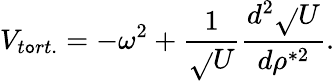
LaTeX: V_{t\mathtt{o}rt.}=-\omega^{2}+\frac{{1}}{{\sqrt{}{U}}}\frac{{d^{2}\sqrt{}{U}}}{{d\rho^{*2}}}.